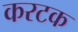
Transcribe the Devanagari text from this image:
करटक